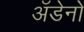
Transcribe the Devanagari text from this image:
अॅडेनो